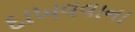
દાખવવાના